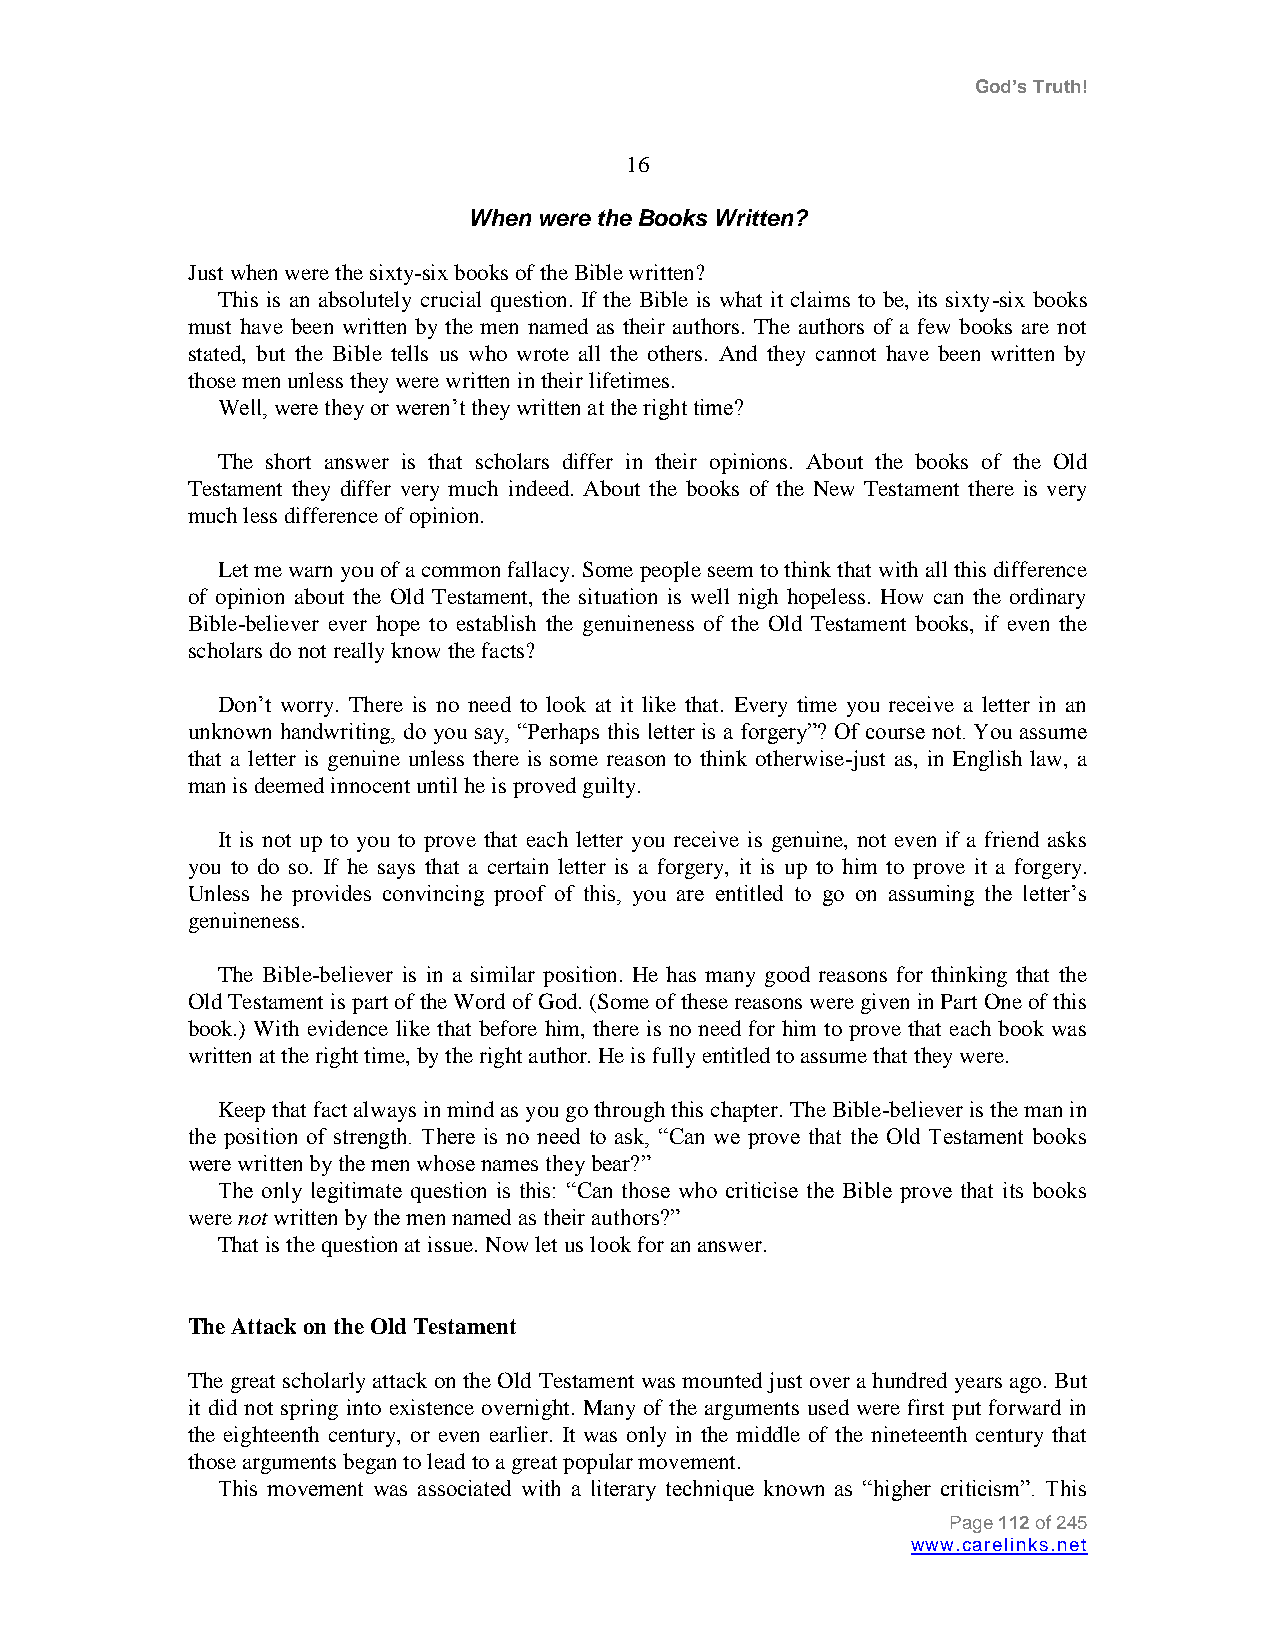
God’s Truth!
 16
 When were the Books Written?
 Just when were the sixty-six books of the Bible written?
 This is an absolutely crucial question. If the Bible is what it claims to be, its sixty-six books
 must have been written by the men named as their authors. The authors of a few books are not
 stated, but the Bible tells us who wrote all the others. And they cannot have been written by
 those men unless they were written in their lifetimes.
 Well, were they or weren‟t they written at the right time?
 The short answer is that scholars differ in their opinions. About the books of the Old
 Testament they differ very much indeed. About the books of the New Testament there is very
 much less difference of opinion.
 Let me warn you of a common fallacy. Some people seem to think that with all this difference
 of opinion about the Old Testament, the situation is well nigh hopeless. How can the ordinary
 Bible-believer ever hope to establish the genuineness of the Old Testament books, if even the
 scholars do not really know the facts?
 Don‟t worry. There is no need to look at it like that. Every time you receive a letter in an
 unknown handwriting, do you say, “Perhaps this letter is a forgery”? Of course not. You assume
 that a letter is genuine unless there is some reason to think otherwise-just as, in English law, a
 man is deemed innocent until he is proved guilty.
 It is not up to you to prove that each letter you receive is genuine, not even if a friend asks
 you to do so. If he says that a certain letter is a forgery, it is up to him to prove it a forgery.
 Unless he provides convincing proof of this, you are entitled to go on assuming the letter‟s
 genuineness.
 The Bible-believer is in a similar position. He has many good reasons for thinking that the
 Old Testament is part of the Word of God. (Some of these reasons were given in Part One of this
 book.) With evidence like that before him, there is no need for him to prove that each book was
 written at the right time, by the right author. He is fully entitled to assume that they were.
 Keep that fact always in mind as you go through this chapter. The Bible-believer is the man in
 the position of strength. There is no need to ask, “Can we prove that the Old Testament books
 were written by the men whose names they bear?”
 The only legitimate question is this: “Can those who criticise the Bible prove that its books
 were not written by the men named as their authors?”
 That is the question at issue. Now let us look for an answer.
 The Attack on the Old Testament
 The great scholarly attack on the Old Testament was mounted just over a hundred years ago. But
 it did not spring into existence overnight. Many of the arguments used were first put forward in
 the eighteenth century, or even earlier. It was only in the middle of the nineteenth century that
 those arguments began to lead to a great popular movement.
 This movement was associated with a literary technique known as “higher criticism”. This
 Page 112 of 245
 www.carelinks.net